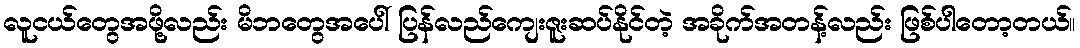
လူငယ်တွေအဖို့လည်း မိဘတွေအပေါ် ပြန်လည်ကျေးဇူးဆပ်နိုင်တဲ့ အခိုက်အတန့်လည်း ဖြစ်ပါတော့တယ်။